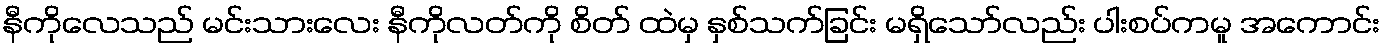
နီကိုလေသည် မင်းသားလေး နီကိုလတ်ကို စိတ် ထဲမှ နှစ်သက်ခြင်း မရှိသော်လည်း ပါးစပ်ကမူ အကောင်း